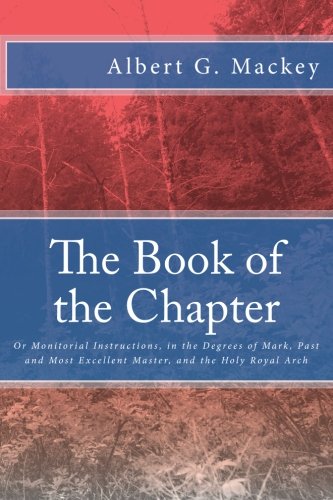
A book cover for The Book of the Chapter: Or Monitorial Instructions, in the Degrees of Mark, Past and Most Excellent Master, and the Holy Royal Arch; Albert G. Mackey; Religion & Spirituality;